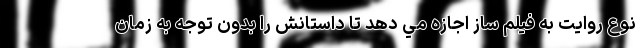
نوع روايت به فيلم ساز اجازه مي دهد تا داستانش را بدون توجه به زمان